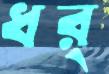
ধর্